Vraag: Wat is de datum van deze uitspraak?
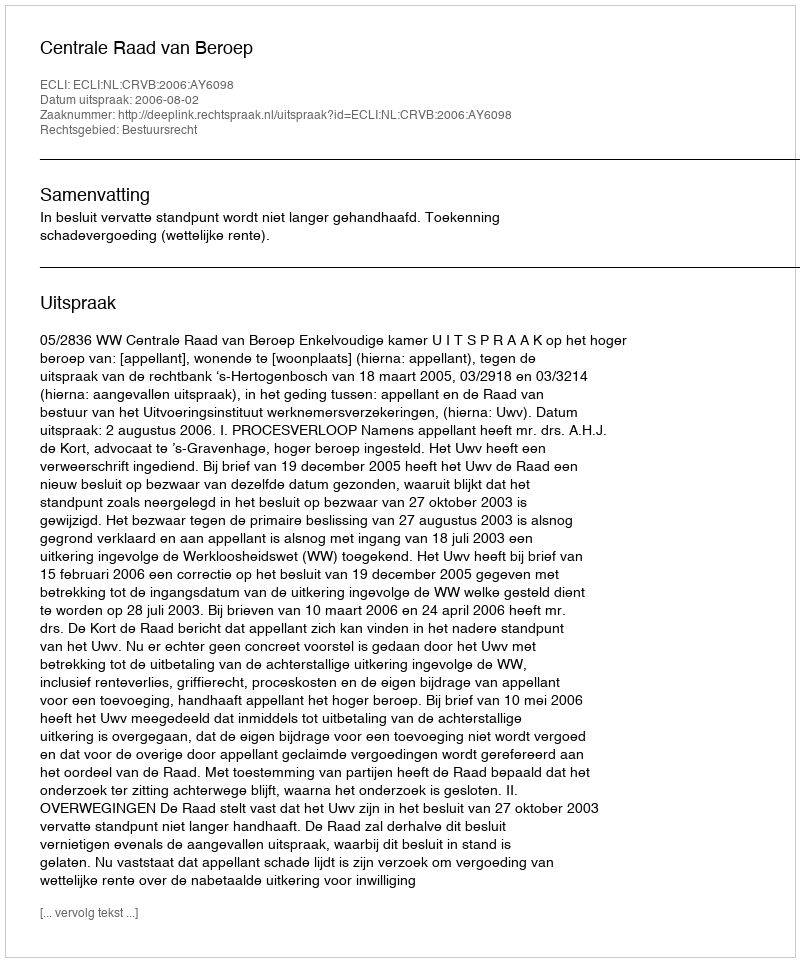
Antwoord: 2006-08-02